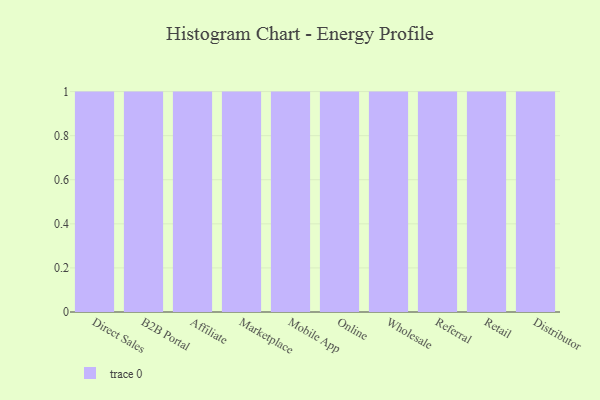
{"axis": {"x": "Channel", "y": "Churn Rate (%)"}, "legend": [""], "data": [{"x": "Direct Sales", "y": 26, "type": ""}, {"x": "B2B Portal", "y": 38, "type": ""}, {"x": "Affiliate", "y": 7, "type": ""}, {"x": "Marketplace", "y": 8, "type": ""}, {"x": "Mobile App", "y": 86, "type": ""}, {"x": "Online", "y": 49, "type": ""}, {"x": "Wholesale", "y": 40, "type": ""}, {"x": "Referral", "y": 38, "type": ""}, {"x": "Retail", "y": 43, "type": ""}, {"x": "Distributor", "y": 60, "type": ""}]}